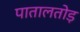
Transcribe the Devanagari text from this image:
पातालतोड़